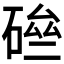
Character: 𥓗